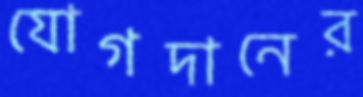
যোগদানের